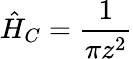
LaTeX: \hat{H}_{C}=\frac{1}{\pi z^{2}}